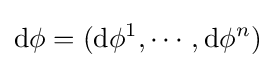
\mathrm {d} \phi =(\mathrm {d} \phi ^{1},\cdots ,\mathrm {d} \phi ^{n})